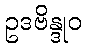
ဥဒဗိန္ဒုဝ